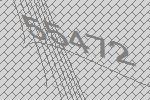
55472